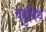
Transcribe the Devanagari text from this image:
वहुविध